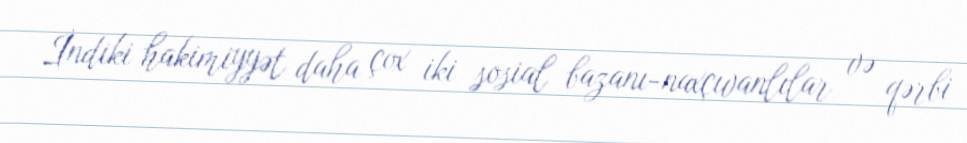
İndiki hakimiyyət daha çox iki sosial bazanı-naxçıvanlılar və qərbi